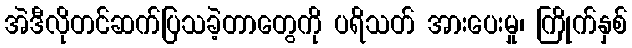
အဲဒီလိုတင်ဆက်ပြသခဲ့တာတွေကို ပရိသတ် အားပေးမှု၊ ကြိုက်နှစ်